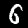
Label: 6